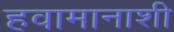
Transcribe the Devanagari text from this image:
हवामानाशी